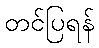
တင်ပြရန်